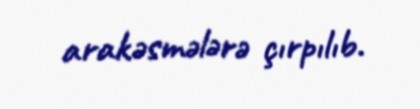
arakəsmələrə çırpılıb.